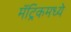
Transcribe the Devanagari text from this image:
मॅट्रिकमध्ये